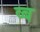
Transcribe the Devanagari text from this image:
व्ब